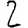
Digit: 2